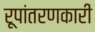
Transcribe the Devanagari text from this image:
रूपांतरणकारी